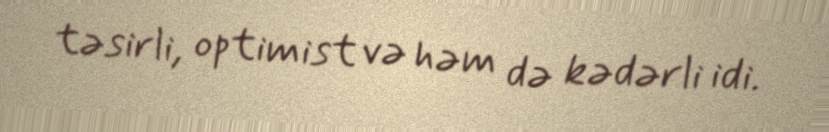
təsirli, optimist və həm də kədərli idi.